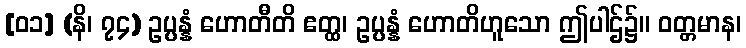
[၀၁] (နိ၊ ၇၄) ဥပ္ပန္နံ ဟောတီတိ ဧတ္ထ၊ ဥပ္ပန္နံ ဟောတိဟူသော ဤပါဌ်၌။ ဝတ္တမာန၊